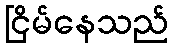
ငြိမ်နေသည်